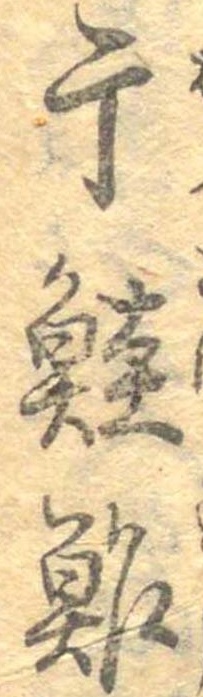
干鮭鮓